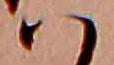
ハ